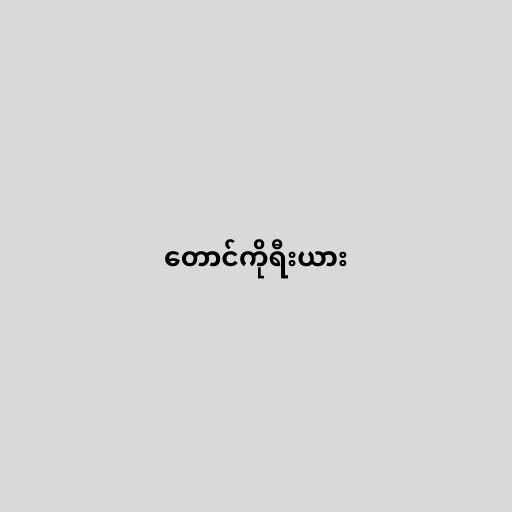
တောင်ကိုရီးယား